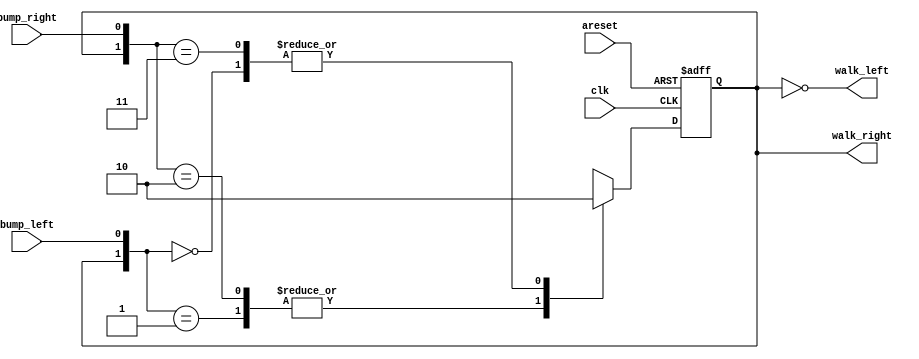
module top_module(
    input clk,
    input areset,    // Freshly brainwashed Lemmings walk left.
    input bump_left,
    input bump_right,
    output walk_left,
    output walk_right); //  

    parameter LEFT=0, RIGHT=1;
    reg state, next_state;

    always @(*) begin
        casex({state, bump_left, bump_right})
            3'b01x: next_state <= RIGHT;
            3'b00x: next_state <= LEFT;
            3'b1x0: next_state <= RIGHT;
            3'b1x1: next_state <= LEFT;
            default : next_state <= next_state;
        endcase
    end

    always @(posedge clk, posedge areset) begin
        if(areset)
            state <= LEFT;
        else
            state <= next_state;
    end

    assign walk_left = (state == LEFT);
    assign walk_right = (state == RIGHT);

endmodule